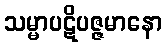
သမ္မာပဋိပဇ္ဇမာနော